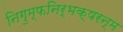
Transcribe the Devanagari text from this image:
निगुम्फनिर्भक्षरन्म